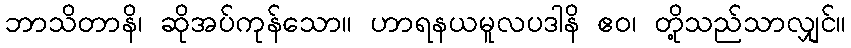
ဘာသိတာနိ၊ ဆိုအပ်ကုန်သော။ ဟာရနယမူလပဒါနိ ဧဝ၊ တို့သည်သာလျှင်။